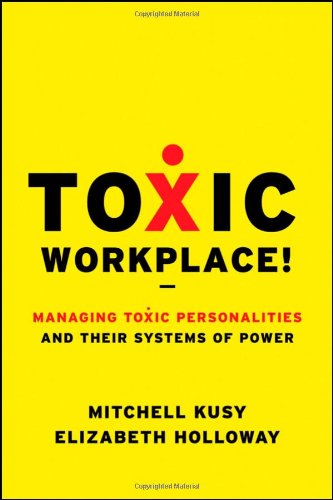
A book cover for Toxic Workplace!: Managing Toxic Personalities and Their Systems of Power; Mitchell Kusy; Business & Money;